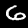
Label: 6